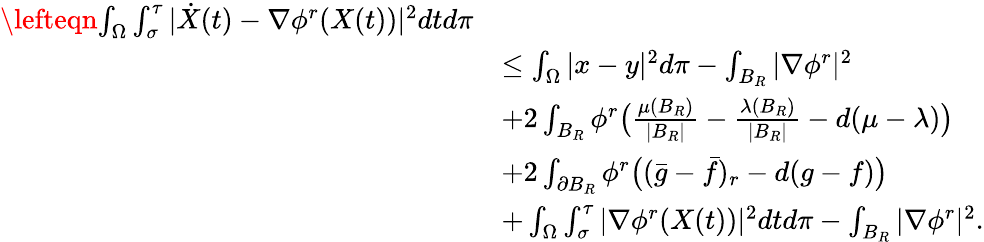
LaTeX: \begin{array}{rl}{\lefteqn{\int_{\Omega}\int_{\sigma}^{\tau}|\dot{X}(t)-\nabla\phi^{r}(X(t))|^{2}dtd\pi}}\\ &{\le\int_{\Omega}|x-y|^{2}d\pi-\int_{B_{R}}|\nabla\phi^{r}|^{2}}\\ &{+2\int_{B_{R}}\phi^{r}\big(\frac{\mu(B_{R})}{|B_{R}|}-\frac{\lambda(B_{R})}{|B_{R}|}-d(\mu-\lambda)\big)}\\ &{+2\int_{\partial B_{R}}\phi^{r}\big((\bar{g}-\bar{f})_{r}-d(g-f)\big)}\\ &{+\int_{\Omega}\int_{\sigma}^{\tau}|\nabla\phi^{r}(X(t))|^{2}dtd\pi-\int_{B_{R}}|\nabla\phi^{r}|^{2}.}\end{array}